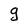
Character: g